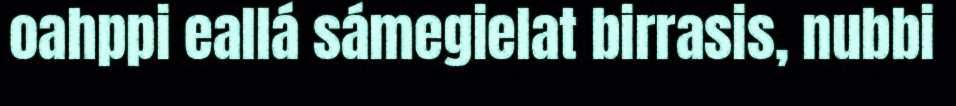
oahppi eallá sámegielat birrasis, nubbi